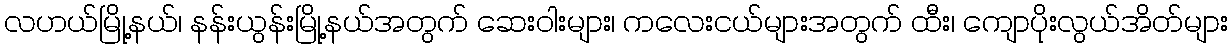
လဟယ်မြို့နယ်၊ နန်းယွန်းမြို့နယ်အတွက် ဆေးဝါးများ၊ ကလေးငယ်များအတွက် ထီး၊ ကျောပိုးလွယ်အိတ်များ